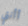
أأنتي